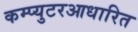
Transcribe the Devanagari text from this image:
कम्प्युटरआधारित